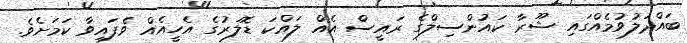
ބައްދަލުވުމެއްގައި ޝޫރާ ކައުންސިލްގެ ރައީސް އެއް ލައްކަ ޑޮލަރުގެ އެހީއެއް ވެފައިވާ ކަމަށެވެ.